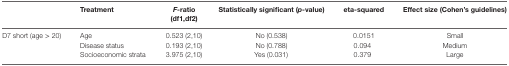
|  | Treatment | F-ratio (df1,df2) | Statistically significant (p-value) | eta-squared | Effect size (Cohen’s guidelines) |
 | --- | --- | --- | --- | --- | --- |
 | <ROWSPAN=3> D7 short (age > 20) | Age | 0.523 (2,10) | No (0.538) | 0.0151 | Small |
 | Disease status | 0.193 (2,10) | No (0.788) | 0.094 | Medium |
 | Socioeconomic strata | 3.975 (2,10) | Yes (0.031) | 0.379 | Large |